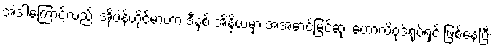
အဲဒါကြောင့်လည်း အိုပဲန်ဟိုင်မာဟာ ဒီနှစ် အိန္ဒိယမှာ အအောင်မြင်ဆုံး ဟောလိဝုဒ်ရုပ်ရှင် ဖြစ်နေပြီး